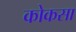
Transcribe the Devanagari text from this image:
कोकसा